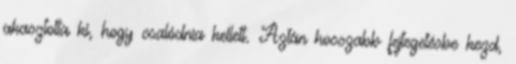
akasztotta ki, hogy csalódnia kellett. Aztán hosszabb fejtegetésbe kezd,